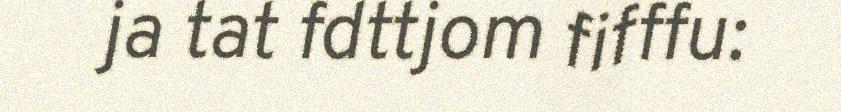
ja tat fdttjom fifffu: